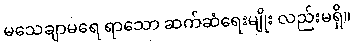
မသေချာမရေ ရာသော ဆက်ဆံရေးမျိုး လည်းမရှိ။